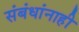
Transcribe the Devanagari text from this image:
संबंधांनाही